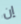
إن